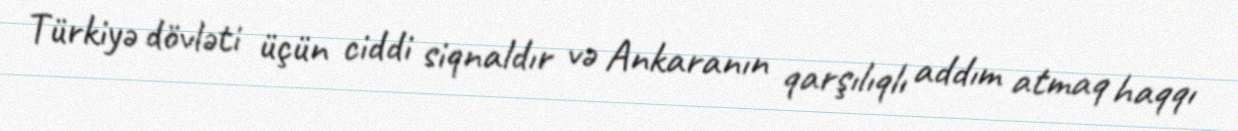
Türkiyə dövləti üçün ciddi siqnaldır və Ankaranın qarşılıqlı addım atmaq haqqı